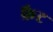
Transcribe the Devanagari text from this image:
फ्रैट